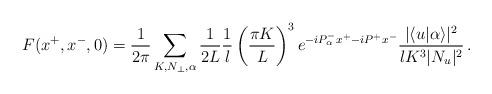
LaTeX: \begin{align*}F(x^+,x^-,0)=\frac{1}{2 \pi} \sum_{K,N_\perp,\alpha} \frac{1}{2L}\frac{1}{l} \left(\frac{\pi K}{L}\right)^3 e^{-iP^-_\alpha x^+ -iP^+ x^-} \frac{|\langle u|\alpha\rangle|^2}{l K^3 |N_u|^2} \,.\end{align*}